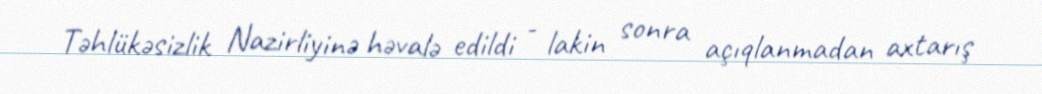
Təhlükəsizlik Nazirliyinə həvalə edildi - lakin sonra açıqlanmadan axtarış